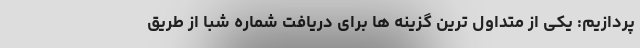
پردازیم: یکی از متداول ترین گزینه ها برای دریافت شماره شبا از طریق